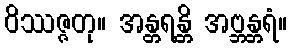
ဝိဿဇ္ဇတု။ အန္တရန္တိ အဗ္ဘန္တရံ။